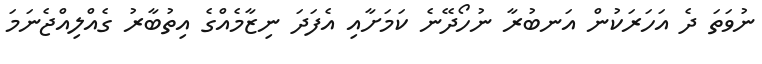
ނުވަތަ ދެ އަހަރަކުން އަނބުރާ ނުހޯދޭނެ ކަމަށާއި އެފަދަ ނިޒާމެެއްގެ އިތުބާރު ގެއްލިއްޖެނަމަ